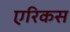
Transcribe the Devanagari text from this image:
एरिकस